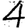
Digit: 4